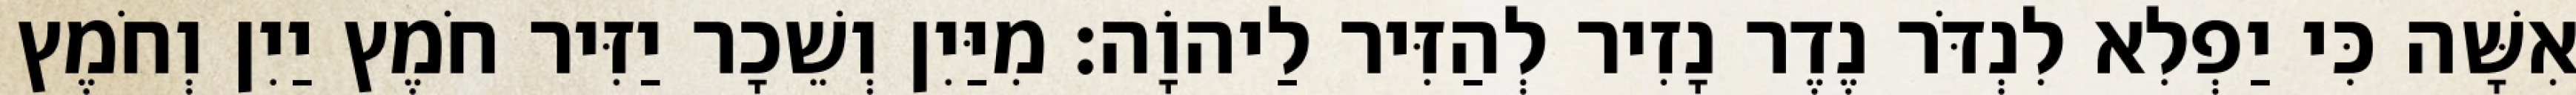
אִשָּׁה כִּי יַפְלִא לִנְדֹּר נֶדֶר נָזִיר לְהַזִּיר לַיהוָֹה׃ מִיַּיִן וְשֵׁכָר יַזִּיר חֹמֶץ יַיִן וְחֹמֶץ